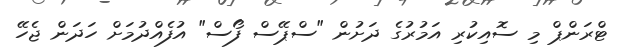
ޓްރަންޕް މި ސޮއިކުރި އަމުރުގެ ދަށުން "ސްޕޭސް ފޯސް" އުފެއްދުމަށް ހަދަން ޖެހޭ